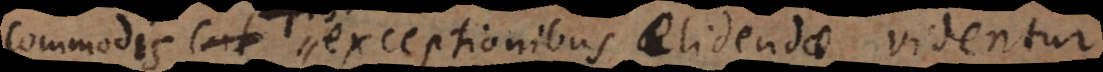
cat aptis exceptionibus elidendae videntur,